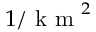
1 / \mathrm { ~ k ~ m ~ } ^ { 2 }